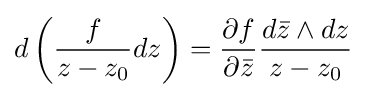
d\left({\frac {f}{z-z_{0}}}dz\right)={\frac {\partial f}{\partial {\bar {z}}}}{\frac {d{\bar {z}}\wedge dz}{z-z_{0}}}